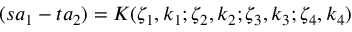
( s a _ { 1 } - t a _ { 2 } ) = K ( \zeta _ { 1 } , k _ { 1 } ; \zeta _ { 2 } , k _ { 2 } ; \zeta _ { 3 } , k _ { 3 } ; \zeta _ { 4 } , k _ { 4 } )